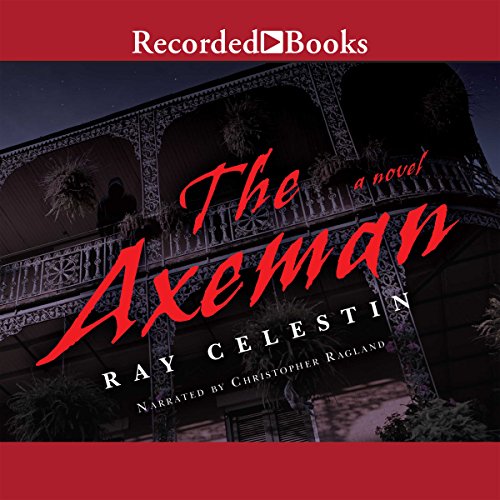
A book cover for The Axeman; Ray Celestin; Biographies & Memoirs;